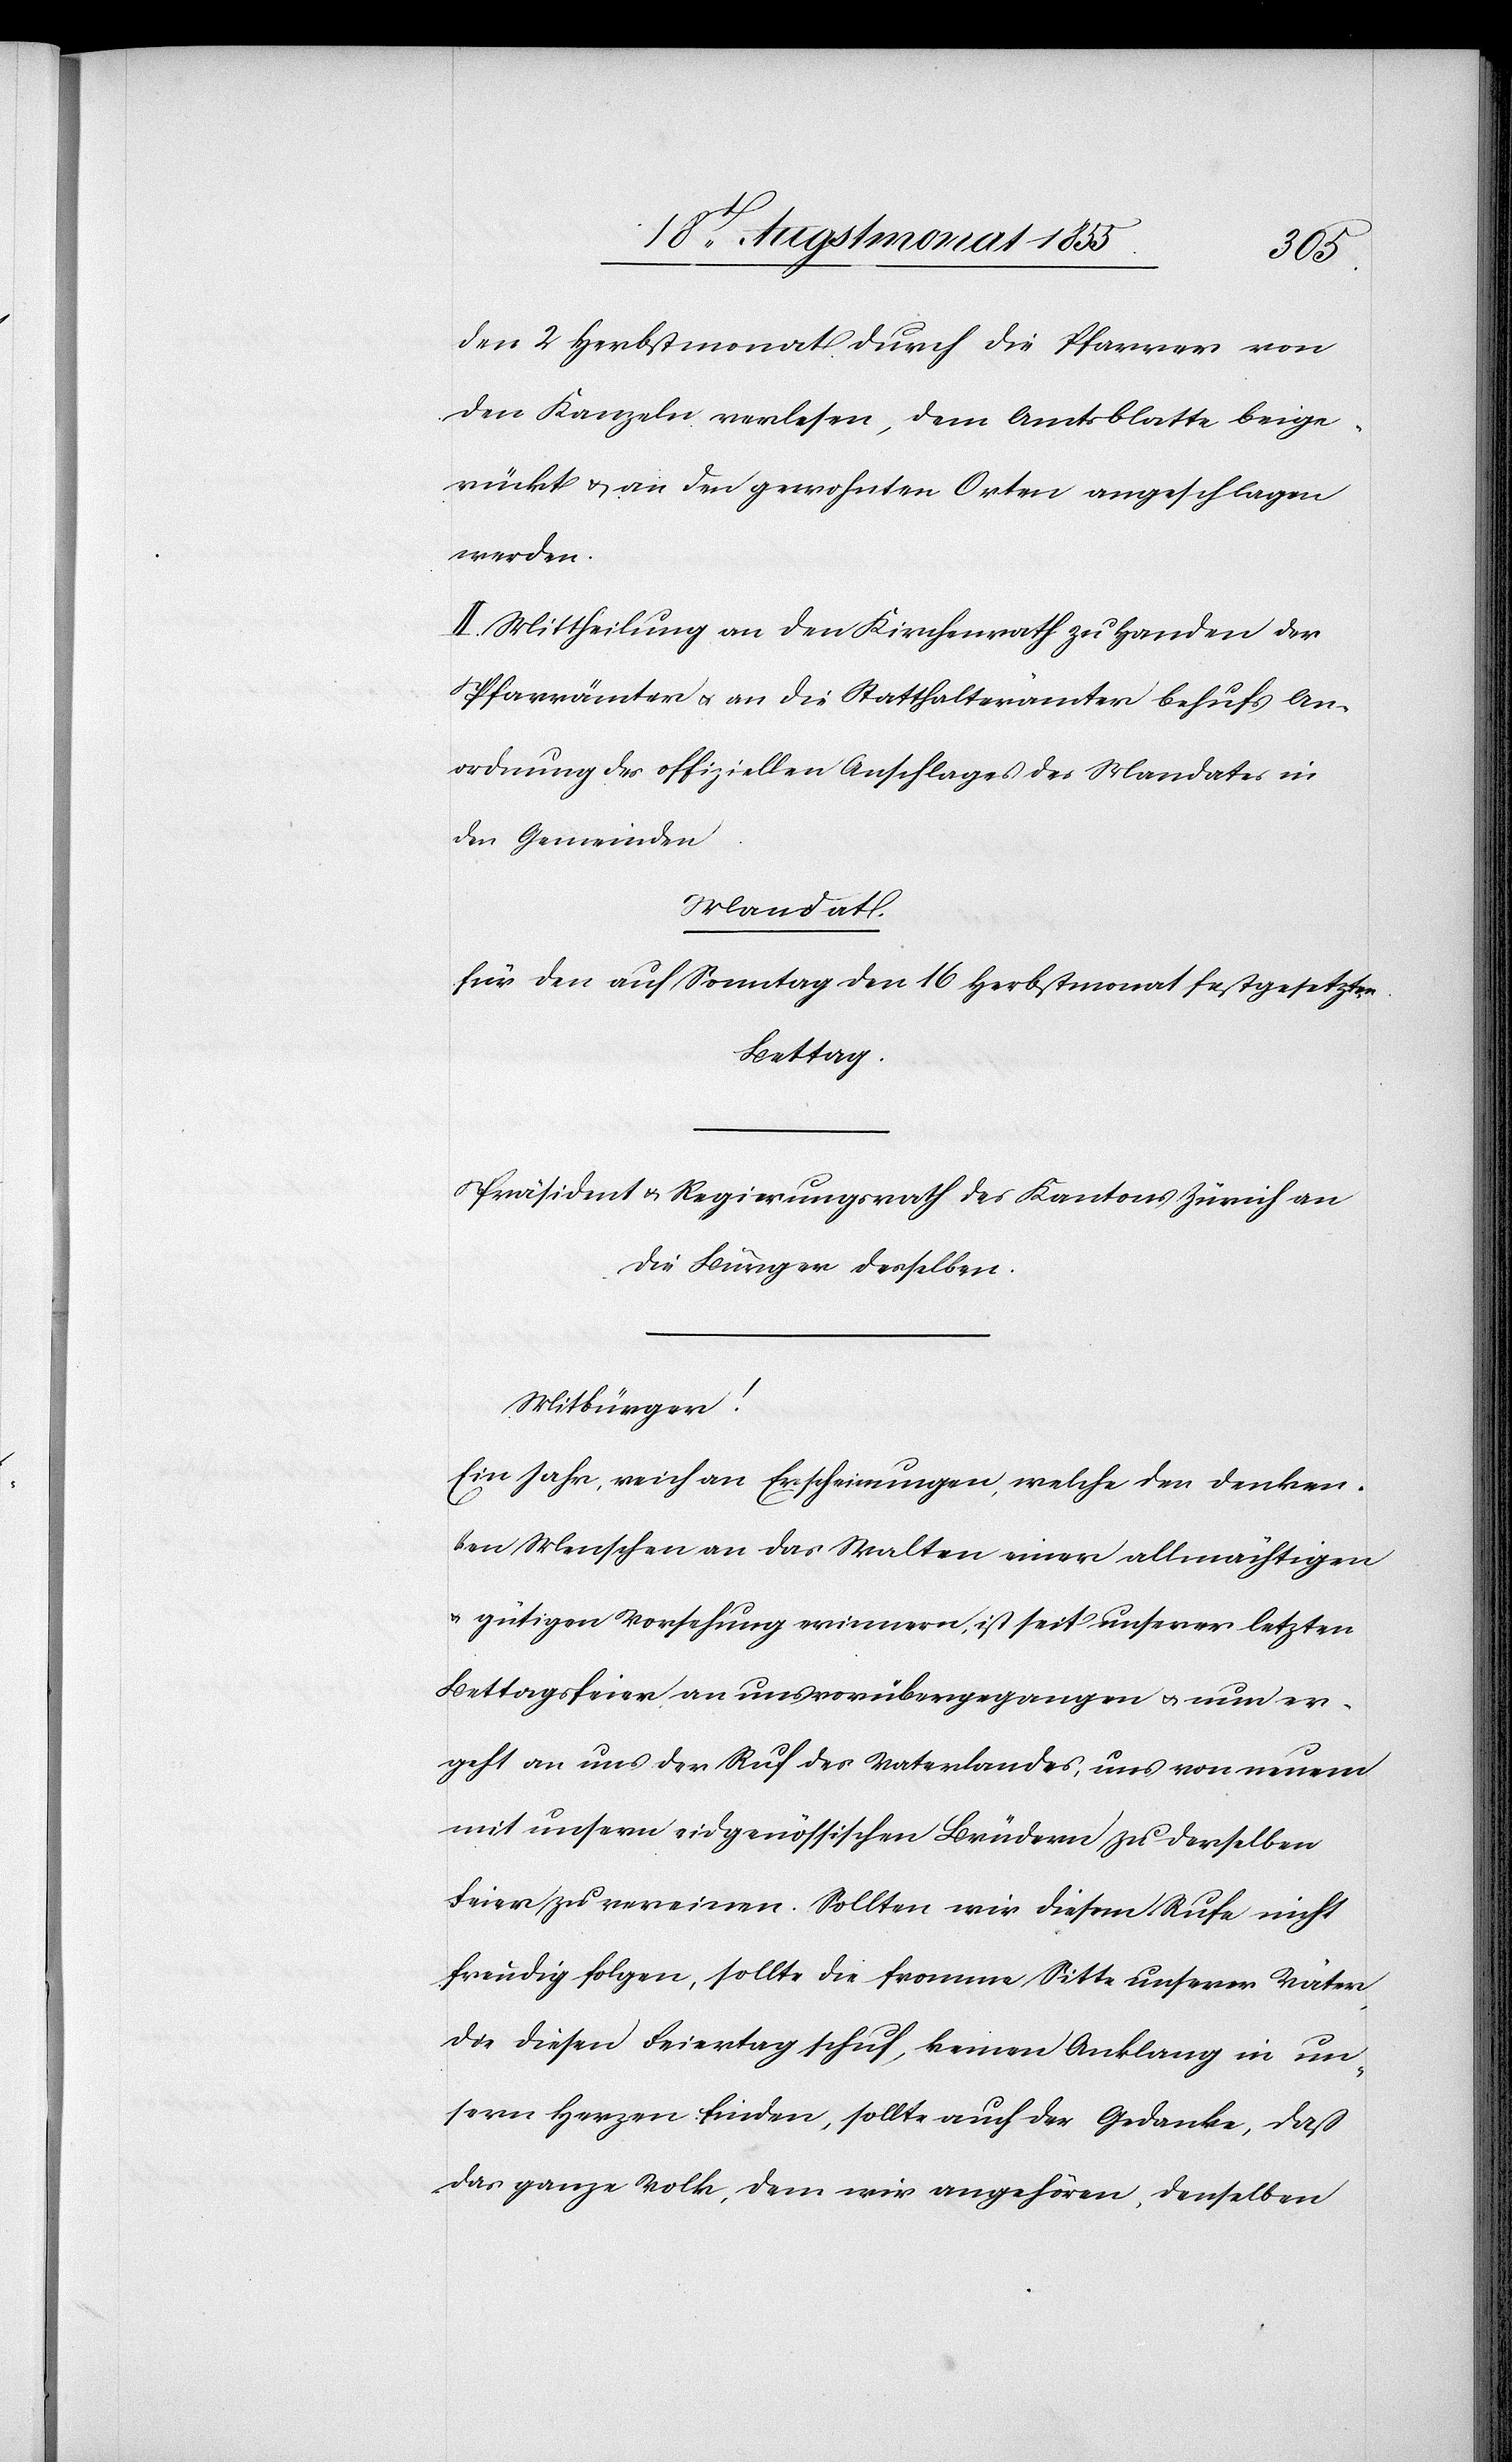
____
den 2 Herbstmonat durch die Pfarrer von
den Kanzeln verlesen, dem Amtsblatte beige¬
rückt & an den gewohnten Orten angeschlagen
werden.
II. Mittheilung an den Kirchenrath zu Handen der
Pfarrämter & an die Statthalterämter behufs An¬
ordnung des offiziellen Anschlages des Mandates in
den Gemeinden.
Mandat.
für den auf Sonntag den 16 Herbstmonat festgesetzten
Bettag.
Präsident & Regierungsrath des Kantons Zürich an
die Bürger desselben.
Mitbürger!
Ein Jahr, reich an Erscheinungen, welche den denken¬
den Menschen an das Walten einer allmächtigen
& gütigen Vorsehung erinnern, ist seit unserer letzten
Bettagsfeier an uns vorübergegangen & nun er¬
geht an uns der Ruf des Vaterlandes, uns von neuem
mit unsern eidgenössischen Brüdern zu derselben
Feier zu vereinen. Sollten wir diesem Rufe nicht
freudig folgen, sollte die fromme Sitte unserer Väter,
die diesen Feiertag schuf, keinen Anklang in un¬
sern Herzen finden, sollte auch der Gedanke, daß
das ganze Volk, dem wir angehören, denselben